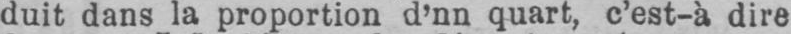
duit dans la proportion d’nn quart, c’est-à dire